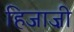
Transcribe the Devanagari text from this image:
हिजाज़ी